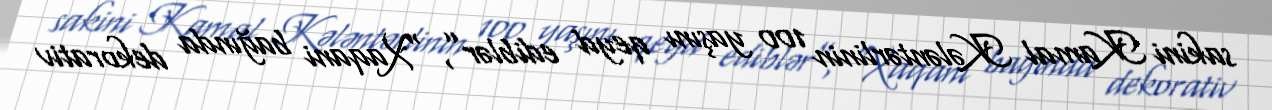
sakini Kamal Kələntərlinin 100 yaşını qeyd ediblər”, “Xaqani bağında dekorativ